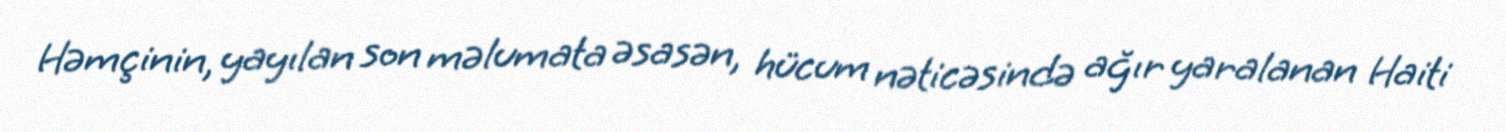
Həmçinin, yayılan son məlumata əsasən, hücum nəticəsində ağır yaralanan Haiti